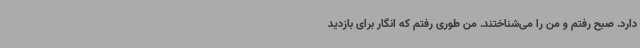
دارد. صبح رفتم و من را می‌شناختند. من طوری رفتم که انگار برای بازدید